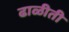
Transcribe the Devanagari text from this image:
ढाळीती